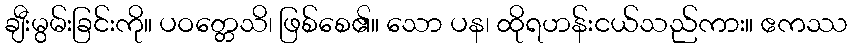
ချီးမွမ်းခြင်းကို။ ပဝတ္တေသိ၊ ဖြစ်စေ၏။ သော ပန၊ ထိုရဟန်းငယ်သည်ကား။ ဧကဿ